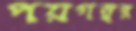
পয়গম্বর